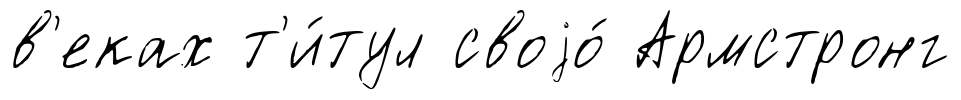
в'еках т'и́тул своjо́ Армстронг